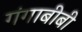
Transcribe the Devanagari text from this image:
गंगाबीबी